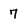
Character: 7